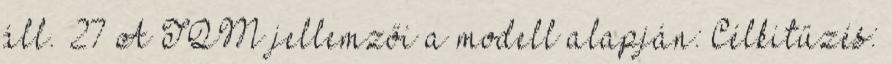
áll. 27 A TQM jellemzői a modell alapján: Célkitűzés: